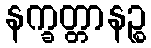
နက္ခတ္တာနဉ္စ